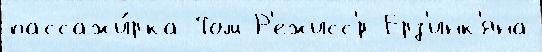
пассажи́рка Том Р'ежисс'́р Ерз'инк'яна